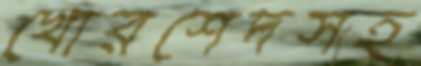
খোরশেদসহ